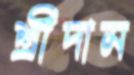
শ্রীদাম